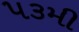
૫૩મી